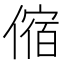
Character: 𠍊